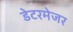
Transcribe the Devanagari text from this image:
डेटरमेजर